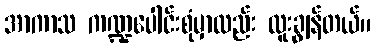
အာကာသ ကဏ္ဍပေါင်းစုံမှာလည်း ထူးချွန်တယ်။